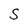
Character: S